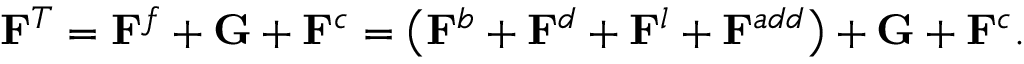
\mathbf { F } ^ { T } = \mathbf { F } ^ { f } + \mathbf { G } + \mathbf { F } ^ { c } = \left( \mathbf { F } ^ { b } + \mathbf { F } ^ { d } + \mathbf { F } ^ { l } + \mathbf { F } ^ { a d d } \right) + \mathbf { G } + \mathbf { F } ^ { c } .